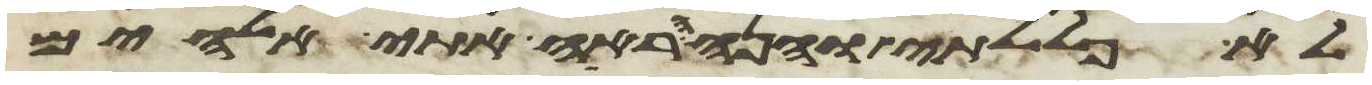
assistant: לא פללתי והנה הראה אתי אלהים